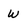
Character: w